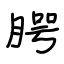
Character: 腭